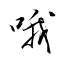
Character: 哦